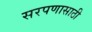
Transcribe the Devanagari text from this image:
सरपणासाठी